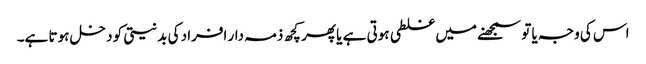
اس کی وجہ یا تو سمجھنے میں غلطی ہوتی ہے یا پھر کچھ ذمہ دار افراد کی بدنیتی کو دخل ہوتا ہے۔